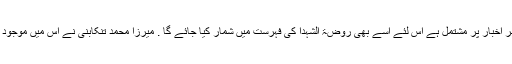
چونکہ نراقی کا ماخذ "روضۃ الشهداء" ہے اور وہ ضعیف اور معتبر اخبار پر مشتمل ہے اس لئے اسے بھی روضۃ الشہدا کی فہرست میں شمار کیا جائے گا . میرزا محمد تنکابنی نے اس میں موجود بعض روایات کے بارے میں یقینی جھوٹے ہونے کا حکم لگایا ہے۔